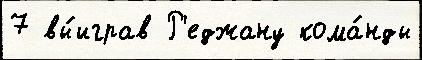
7 вы́играв Р'еджану кома́нды